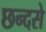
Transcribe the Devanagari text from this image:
छन्दसे